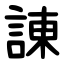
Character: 諌